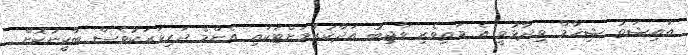
އައިޝަތު ޝިހާމް ވިދާޅުވީ އެ މަތިވެރި ވާޖިބު އަދާކުރުމަށްޓަކައި އެންމެ ދަރިވަރަކުވެސް ބާކީނުކޮށް